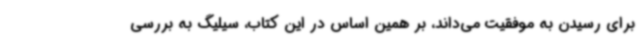
برای رسیدن به موفقیت می‌داند، بر همین اساس در این کتاب، سیلیگ به بررسی